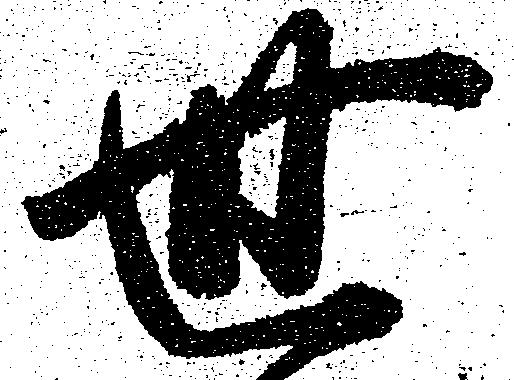
世